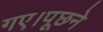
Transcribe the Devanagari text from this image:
गए।पूछने